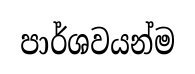
පාර්ශවයන්ම